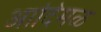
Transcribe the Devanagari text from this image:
आदिमळ